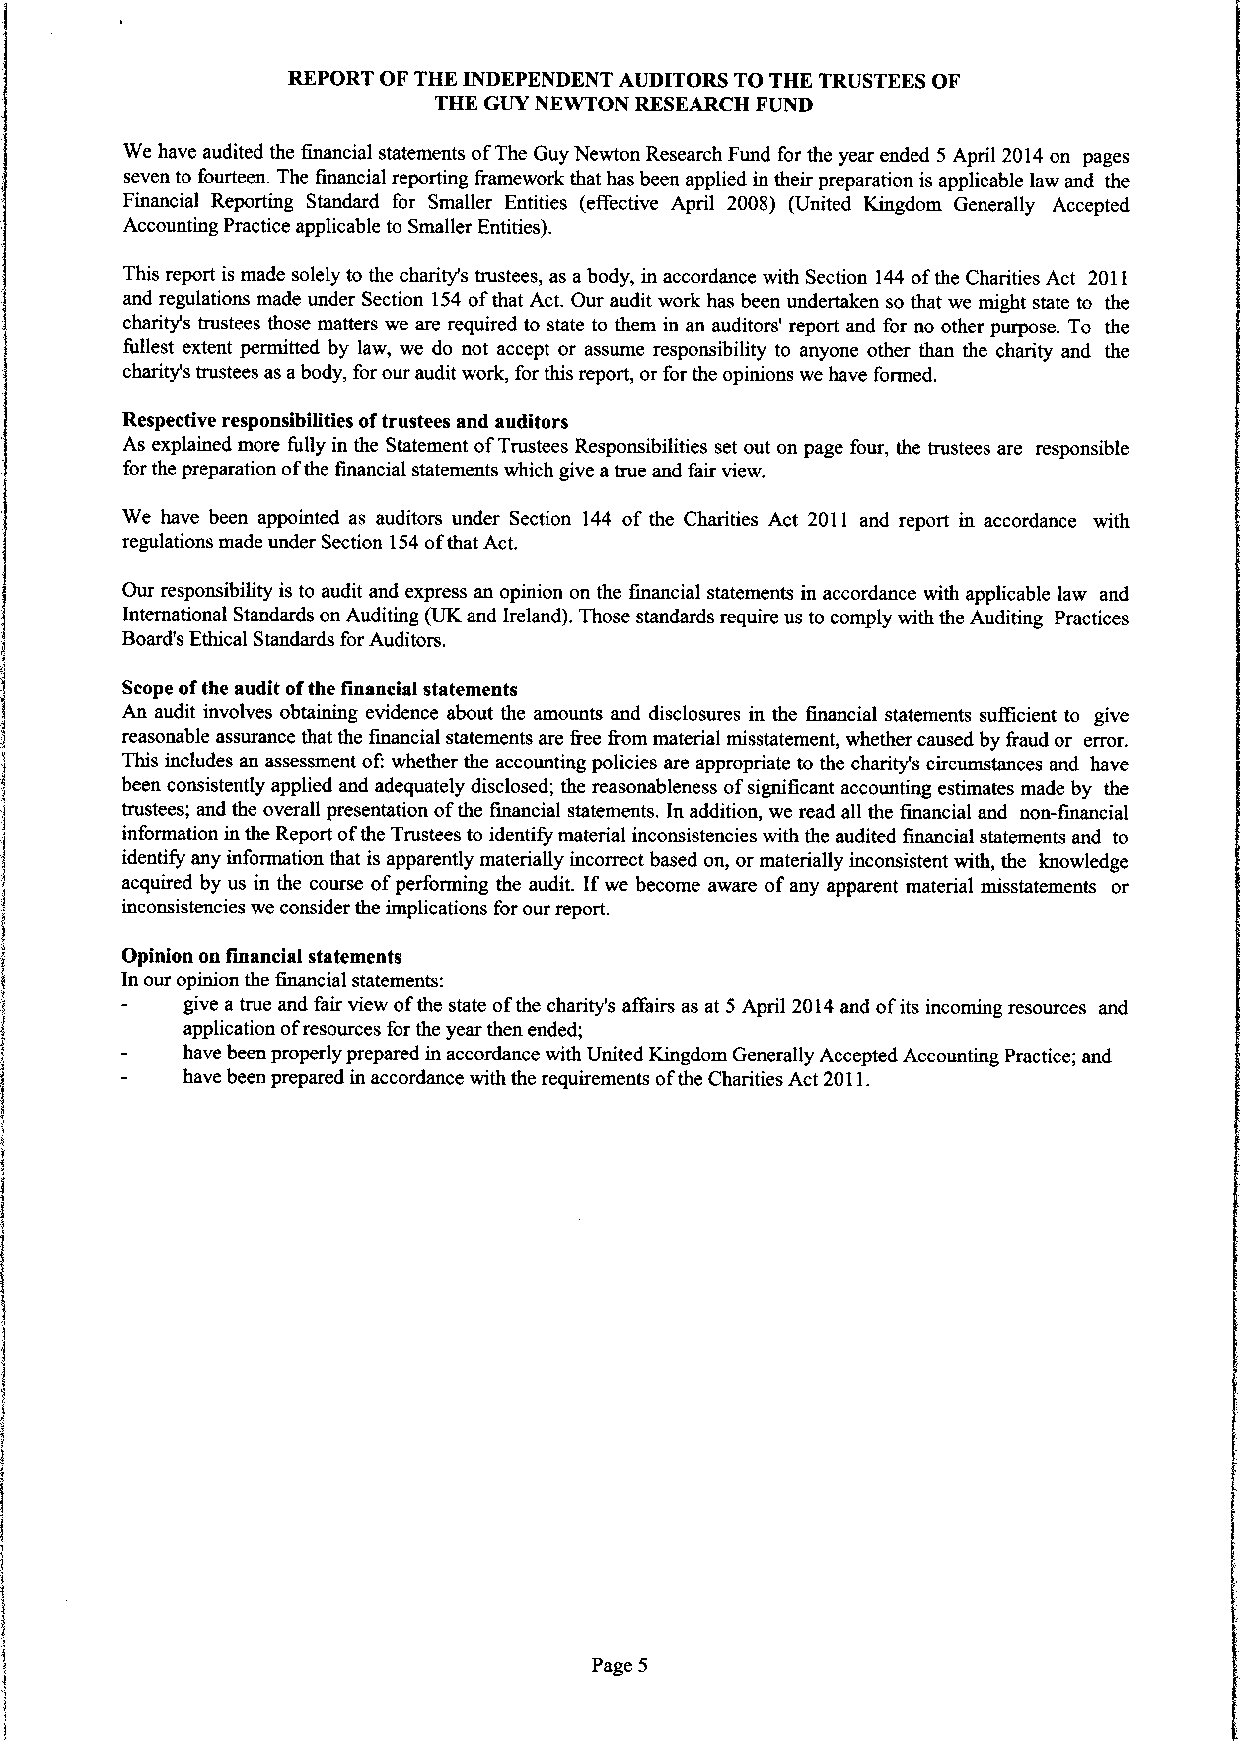
REPORT OF THE INDEPENDENT AUDITORS TO THE TRUSTEES OF
 THE GUY NEWTON RESEARCH FUND
 We have audited the financial statements ofThe Guy Newton Research Fund for the year ended 5 April 2014 on pages
 seven to fourteen. The financial reporting &amework that has been applied in their preparation is applicable law and the
 Financial Reporting Standard for Smaller Entities (effective April 2008) (United Kingdom Generally Accepted
 Accounting Practice applicable to Smaller Entities).
 This report is made solely to the charity's trustees, as abody, in accordance with Section 144 ofthe Charities Act 2011
 and regulations made under Section 154 ofthat Act. Our audit work has been undertaken so that we might state to the
 charity's trustees those matters we are required to state to them in an auditors' report and for no other purpose. To the
 fullest extent permitted by law, we do not accept or assume responsibility to anyone other than the charity and the
 charity's trustees as abody, for our audit work, for this report, or for the opinions we have formed.
 Respective responsibilities oftrustees and auditors
 As explained more fully in the Statement ofTrustees Responsibilities set out on page four, the trustees are responsible
 for the preparation ofthe financial statements which give atrue and fair view.
 We have been appointed as auditors under Section 144 of the Charities Act 2011 and report in accordance with
 regulations made under Section 154ofthat Act.
 Our responsibility is to audit and express an opinion on the financial statements in accordance with applicable law and
 International Standards on Auditing (UK and Ireland). Those standards require us to comply with the Auditing Practices
 Board's Ethical Standards for Auditors.
 Scope ofthe audit ofthe financial statements
 An audit involves obtaining evidence about the amounts and disclosures in the financial statements sufficient to give
 reasonable assurance that the financial statements are &ee &om material misstatement, whether caused by &aud or error.
 This includes an assessment of:whether the accounting policies are appropriate to the charity's circumstances and have
 been consistently applied and adequately disclosed; the reasonableness ofsignificant accounting estimates made by the
 trustees; and the overall presentation ofthe financial statements. In addition, we read all the financial and non-financial
 information in the Report ofthe Trustees to identify material inconsistencies with the audited financial statements and to
 identify any information that is apparently materially incorrect based on, or materially inconsistent with, the knowledge
 acquired by us in the course ofperforming the audit. Ifwe become aware ofany apparent material misstatements or
 inconsistencies we consider the implications for our report.
 Opinion on financial statements
 In our opinion the financial statements:
 give a true and fair view ofthe state ofthe charity's affairs as at 5 April 2014and ofits incoming resources and
 application ofresources for the year then ended;
 have been properly prepared in accordance with United Kingdom Generally Accepted Accounting Practice; and
 have been prepared in accordance with the requirements ofthe Charities Act 2011.
 Page 5